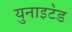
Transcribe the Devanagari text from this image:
युनाइट॓ड